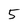
Character: 5